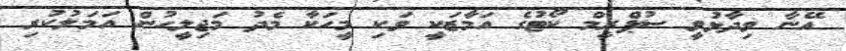
އޭނާ ވިދާޅުވީ ސުޕްރީމް ކޯޓުގެ އަމާޒަކީ ވަކި މީހަކާ މެދު މަޖިލީހުން އަމަލުކުރި